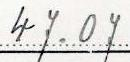
47.07